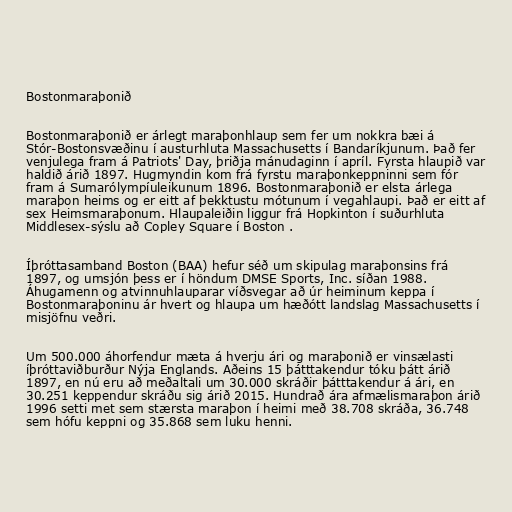
Bostonmaraþonið

Bostonmaraþonið er árlegt maraþonhlaup sem fer um nokkra bæi á
Stór-Bostonsvæðinu í austurhluta Massachusetts í Bandaríkjunum. Það fer
venjulega fram á Patriots' Day, þriðja mánudaginn í apríl. Fyrsta hlaupið var
haldið árið 1897. Hugmyndin kom frá fyrstu maraþonkeppninni sem fór
fram á Sumarólympíuleikunum 1896. Bostonmaraþonið er elsta árlega
maraþon heims og er eitt af þekktustu mótunum í vegahlaupi. Það er eitt af
sex Heimsmaraþonum. Hlaupaleiðin liggur frá Hopkinton í suðurhluta
Middlesex-sýslu að Copley Square í Boston .

Íþróttasamband Boston (BAA) hefur séð um skipulag maraþonsins frá
1897, og umsjón þess er í höndum DMSE Sports, Inc. síðan 1988.
Áhugamenn og atvinnuhlauparar víðsvegar að úr heiminum keppa í
Bostonmaraþoninu ár hvert og hlaupa um hæðótt landslag Massachusetts í
misjöfnu veðri.

Um 500.000 áhorfendur mæta á hverju ári og maraþonið er vinsælasti
íþróttaviðburður Nýja Englands. Aðeins 15 þátttakendur tóku þátt árið
1897, en nú eru að meðaltali um 30.000 skráðir þátttakendur á ári, en
30.251 keppendur skráðu sig árið 2015. Hundrað ára afmælismaraþon árið
1996 setti met sem stærsta maraþon í heimi með 38.708 skráða, 36.748
sem hófu keppni og 35.868 sem luku henni.